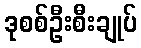
ဒုစစ်ဦးစီးချုပ်